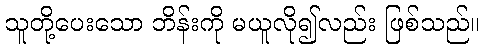
သူတို့ပေးသော ဘိန်းကို မယူလို၍လည်း ဖြစ်သည်။